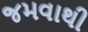
જમવાથી